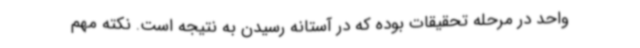
واحد در مرحله تحقیقات بوده که در آستانه رسیدن به نتیجه است. نکته مهم